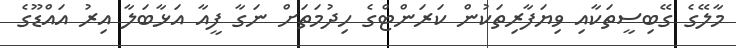
މާލޭގެ ގޭބިސީތަކާއި ވިޔަފާރިތަކުން ކަރަންޓްގެ ހިދުމަތަށް ނަގާ ފީއާ އަޅާބަލާ އިރު އައްޑޫގެ